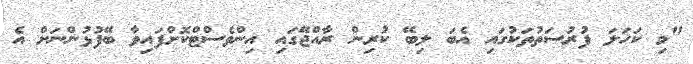
"މި ކަހަލަ ފުރުސަތުތަކުގައި އެބަ ލިބޭ ކުރިން ރާއްޖޭގައި އިންވެސްޓްކޮށްފައިވާ ބޭފުޅުންނަށް އެ